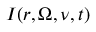
I ( \boldsymbol { r } , \boldsymbol { \Omega } , \nu , t )